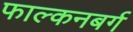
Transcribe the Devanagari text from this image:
फाल्कनबर्ग